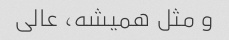
و مثل همیشه، عالی